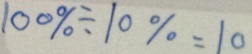
1 0 0 \% \div 1 0 \% = 1 0